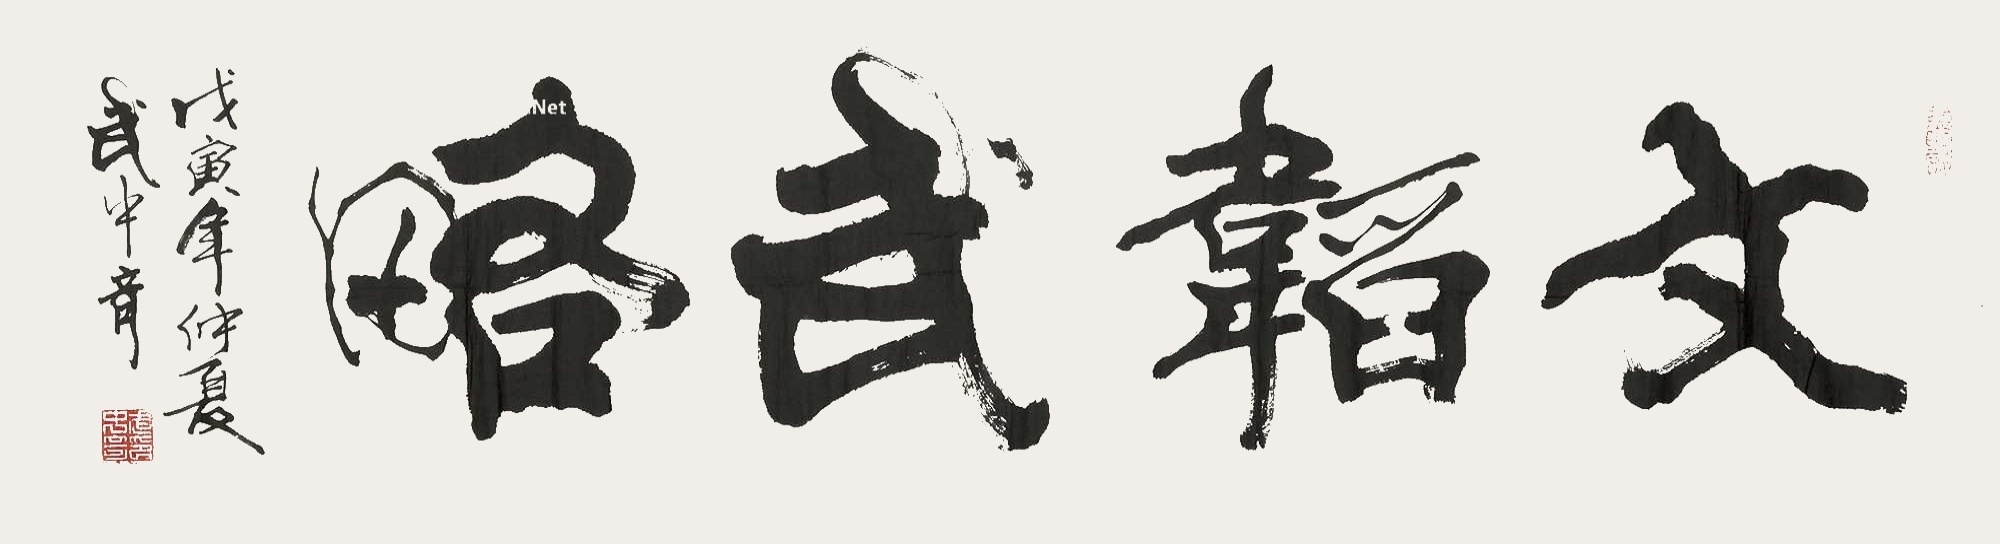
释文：文韬武略，戊寅年仲夏武中奇。